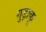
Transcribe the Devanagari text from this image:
गुड़ाकू